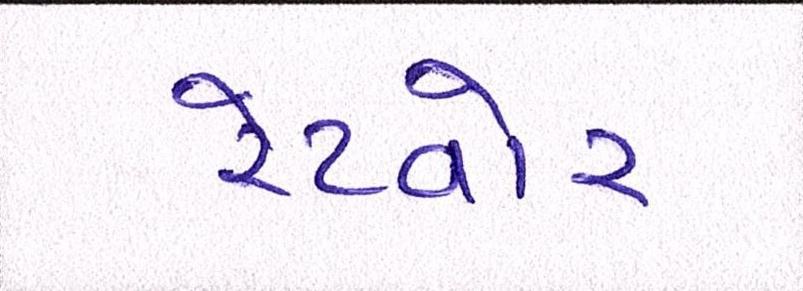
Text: રેટવોર